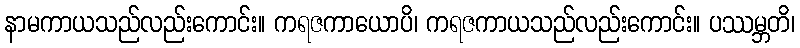
နာမကာယသည်လည်းကောင်း။ ကရဇကာယောပိ၊ ကရဇကာယသည်လည်းကောင်း။ ပဿမ္ဘတိ၊